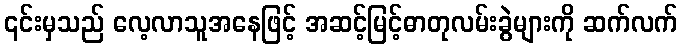
၎င်းမှသည် လေ့လာသူအနေဖြင့် အဆင့်မြင့်ဓာတုလမ်းခွဲများကို ဆက်လက်